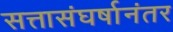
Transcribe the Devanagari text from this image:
सत्तासंघर्षानंतर